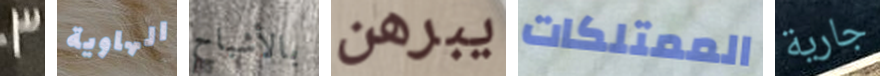
3 الهاوية بالأشباح يبرهن الممتلكات جارية